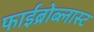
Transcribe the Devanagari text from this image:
फाईब्रोब्लास्ट